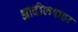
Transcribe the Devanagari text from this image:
आदीलशहा